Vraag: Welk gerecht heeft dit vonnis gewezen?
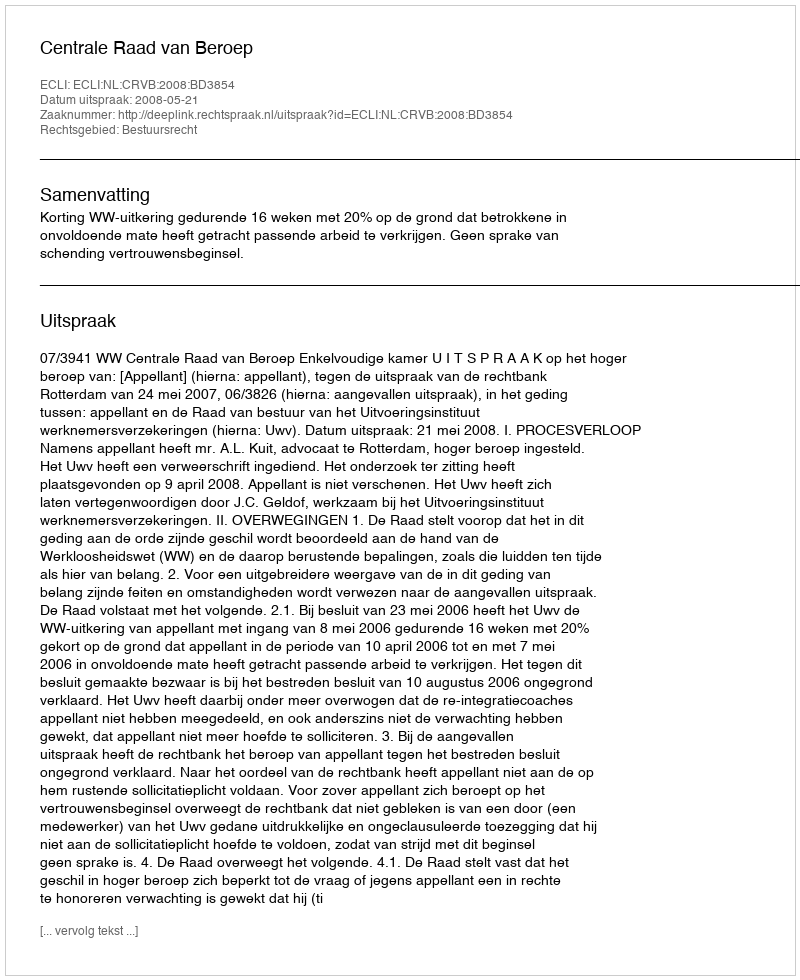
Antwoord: Centrale Raad van Beroep